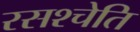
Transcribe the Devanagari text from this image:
रसश्चेति